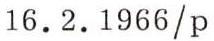
16.2.1966/p